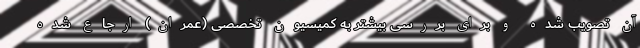
آن تصویب شده و برای بررسی بیشتر به کمیسیون تخصصی (عمران) ارجاع شده